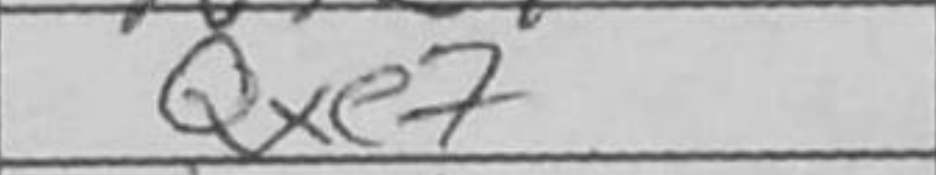
Transcription: Qxe7